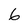
Character: 6